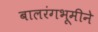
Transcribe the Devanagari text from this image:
बालरंगभूमीने